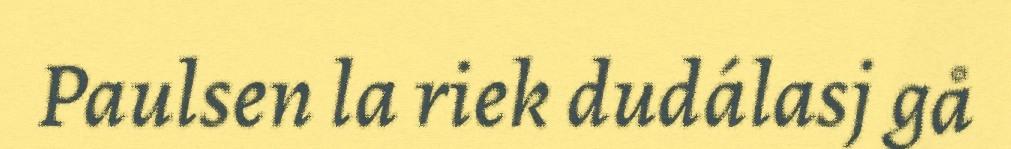
Paulsen la riek dudálasj gå